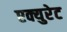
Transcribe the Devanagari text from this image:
एक्युरेट